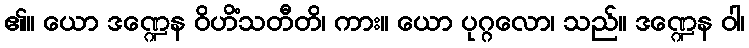
၏။ ယော ဒဏ္ဍေန ဝိဟိံသတီတိ၊ ကား။ ယော ပုဂ္ဂလော၊ သည်။ ဒဏ္ဍေန ဝါ၊